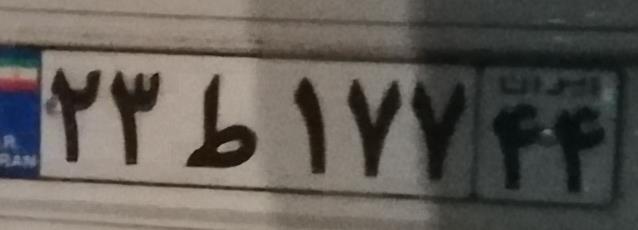
۲۳ط۱۷۷۴۴